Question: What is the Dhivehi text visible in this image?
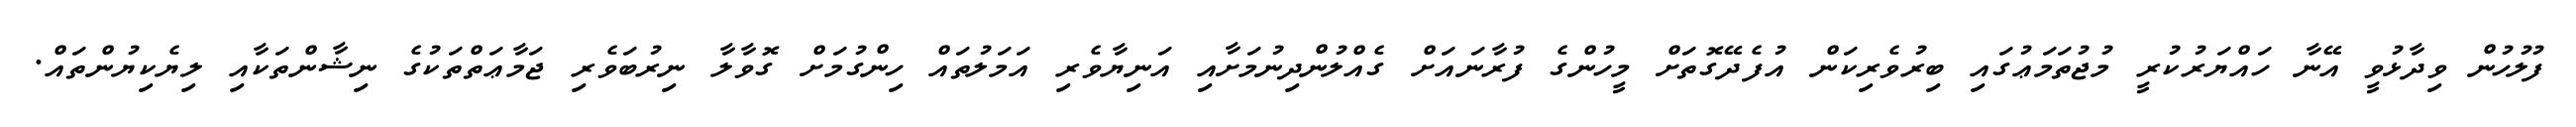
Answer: ފުލުހުން ވިދާޅުވީ އޭނާ ހައްޔަރުކުރީ މުޖުތަމަޢުގައި ބިރުވެރިކަން އުފެދޭގޮތަށް މީހުންގެ ފުރާނައަށް ގެއްލުންދިނުމަށާއި އަނިޔާވެރި އަމަލުތައް ހިންގުމަށް ގޮވާލާ ނިރުބަވެރި ޖަމާޢަތްތަކުގެ ނިޝާންތަކާއި ލިޔެކިޔުންތައް.